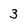
Character: 3